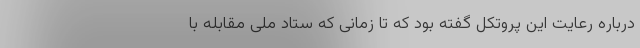
درباره رعایت این پروتکل گفته بود که تا زمانی که ستاد ملی مقابله با